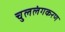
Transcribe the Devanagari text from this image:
चुललंगकरण